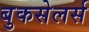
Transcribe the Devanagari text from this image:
बुकसेलर्स